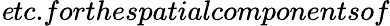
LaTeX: {\mathit etc.}forthespatialcomponentsof